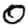
Digit: 0